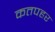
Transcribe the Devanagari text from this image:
कतपहर